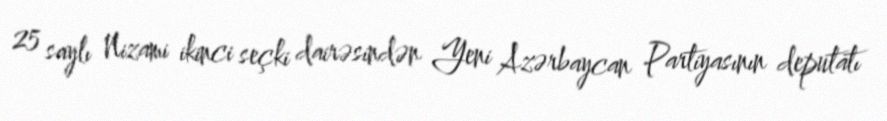
25 saylı Nizami ikinci seçki dairəsindən Yeni Azərbaycan Partiyasının deputatı